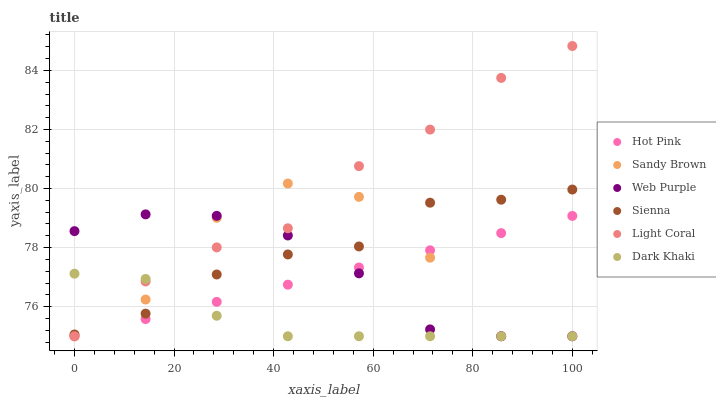
| xaxis_label | Hot Pink | Sandy Brown | Web Purple | Sienna | Light Coral | Dark Khaki |
 | --- | --- | --- | --- | --- | --- | --- |
 | 0 | 75 | 75 | 78.6 | 75.1 | 75 | 77.1 |
 | 14.3 | 75.6 | 76.2 | 79.1 | 75.8 | 76.9 | 76.9 |
 | 28.6 | 76.2 | 79 | 79.1 | 77.1 | 78 | 75.7 |
 | 42.9 | 76.7 | 80.2 | 78.4 | 77.8 | 78.7 | 75 |
 | 57.1 | 77.3 | 79.7 | 77.1 | 78 | 80.8 | 75 |
 | 71.4 | 77.9 | 77.7 | 75.2 | 79.5 | 82 | 75 |
 | 85.7 | 78.5 | 75 | 75 | 79.6 | 83.7 | 75 |
 | 100 | 79.1 | 75 | 75 | 80 | 84.8 | 75 |